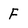
Character: F